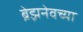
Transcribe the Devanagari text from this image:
ब्रेझनेवच्या